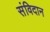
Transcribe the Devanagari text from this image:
संविदान